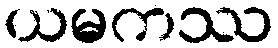
ယမကဿ